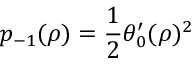
p _ { - 1 } ( \rho ) = \frac 1 2 \theta _ { 0 } ^ { \prime } ( \rho ) ^ { 2 }